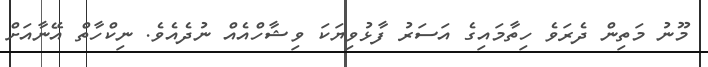
މޫނު މަތިން ދެރަވެ ހިތާމައިގެ އަސަރު ފާޅުވިޔަކަ ވިޝާހްއެއް ނުދެއެވެ. ނިކްހާތް އޭނާއަށް